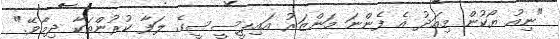
"ނިއު ޔޯކުން މިއަދު އެ ފެންނަ މަންޒަރު އައިޕީސީސީގެ ލަފާ ކުރުންތަކާ ދިމާވޭ."